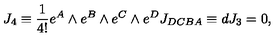
J _ { 4 } \equiv { \frac { 1 } { 4 ! } } e ^ { A } \wedge e ^ { B } \wedge e ^ { C } \wedge e ^ { D } J _ { D C B A } \equiv d J _ { 3 } = 0 , \qquad